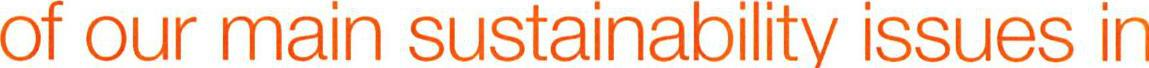
of our main sustainability issues in